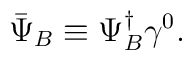
\bar{\Psi}_{B}\equiv \Psi _{B}^{\dagger }\gamma ^{0}.